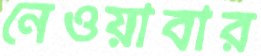
নেওয়াবার